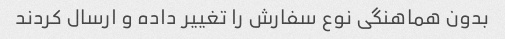
بدون هماهنگی نوع سفارش را تغییر داده و ارسال کردند